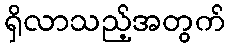
ရှိလာသည့်အတွက်